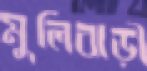
মুলিবাড়ী